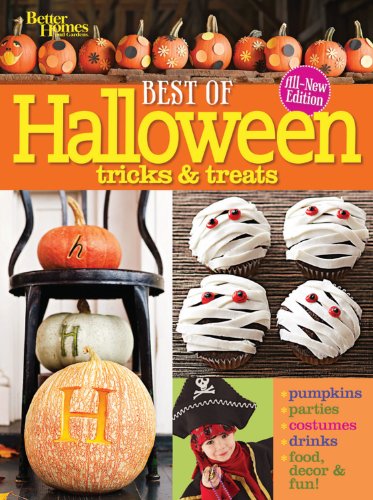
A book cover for Best of Halloween Tricks & Treats, Second Edition (Better Homes and Gardens Cooking); Better Homes and Gardens; Cookbooks, Food & Wine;